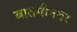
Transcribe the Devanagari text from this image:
बातमीनंतर